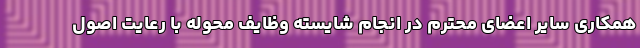
همکاری سایر اعضای محترم در انجام شایسته وظایف محوله با رعایت اصول